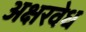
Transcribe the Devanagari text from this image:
अक्षरवेध